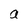
Character: a